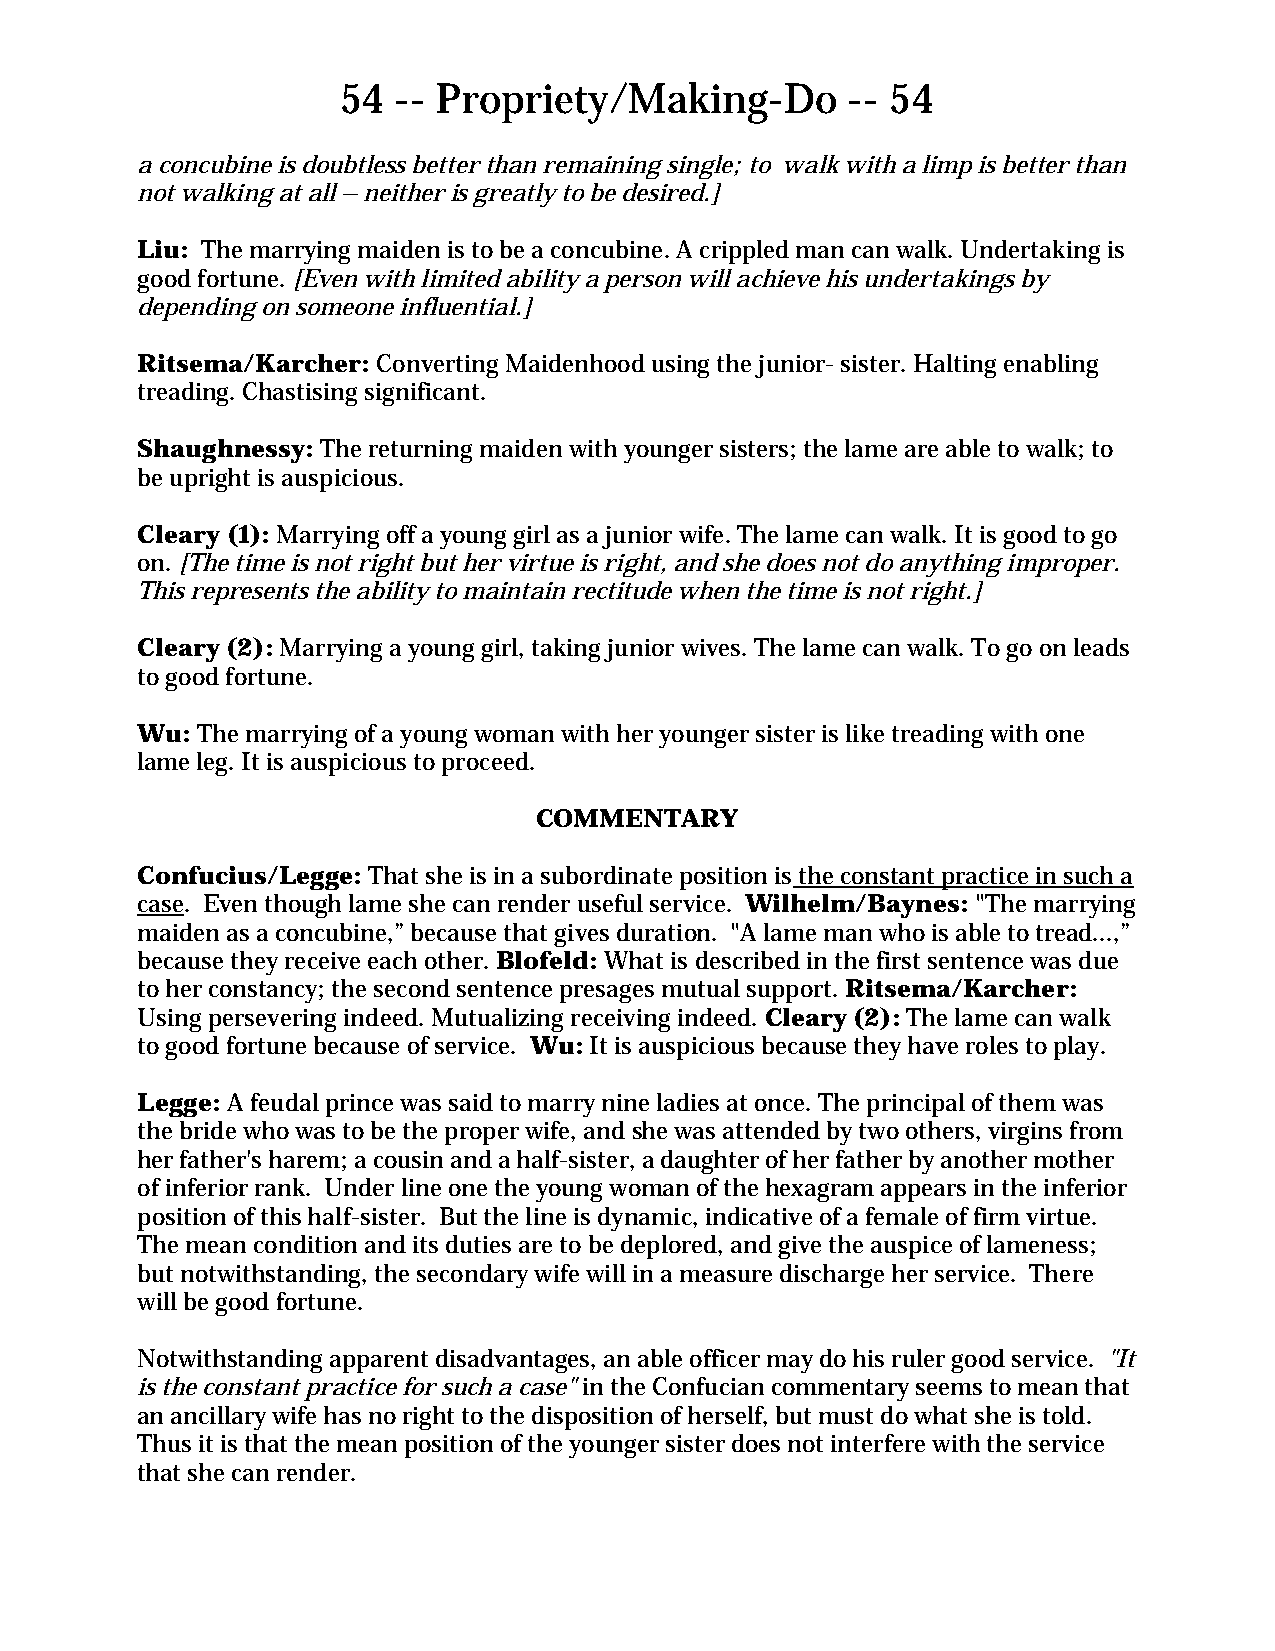
54  -- Propriety/Making-Do        -- 54
 a concubine is doubtless better than remaining single; to walk with a limp is better than
 not walking at all – neither is greatly to be desired.]
 Liu: The marrying maiden is to be a concubine. A crippled man can walk. Undertaking is
 good fortune. [Even with limited ability a person will achieve his undertakings by
 depending on someone influential.]
 Ritsema/Karcher: Converting Maidenhood using the junior- sister. Halting enabling
 treading. Chastising significant.
 Shaughnessy: The returning maiden with younger sisters; the lame are able to walk; to
 be upright is auspicious.
 Cleary (1): Marrying off a young girl as a junior wife. The lame can walk. It is good to go
 on. [The time is not right but her virtue is right, and she does not do anything improper.
 This represents the ability to maintain rectitude when the time is not right.]
 Cleary (2): Marrying a young girl, taking junior wives. The lame can walk. To go on leads
 to good fortune.
 Wu: The marrying of a young woman with her younger sister is like treading with one
 lame leg. It is auspicious to proceed.
 COMMENTARY
 Confucius/Legge: That she is in a subordinate position is the constant practice in such a
 case. Even though lame she can render useful service. Wilhelm/Baynes: "The marrying
 maiden as a concubine,” because that gives duration. "A lame man who is able to tread...,”
 because they receive each other. Blofeld: What is described in the first sentence was due
 to her constancy; the second sentence presages mutual support. Ritsema/Karcher:
 Using persevering indeed. Mutualizing receiving indeed. Cleary (2): The lame can walk
 to good fortune because of service. Wu: It is auspicious because they have roles to play.
 Legge: A feudal prince was said to marry nine ladies at once. The principal of them was
 the bride who was to be the proper wife, and she was attended by two others, virgins from
 her father's harem; a cousin and a half-sister, a daughter of her father by another mother
 of inferior rank. Under line one the young woman of the hexagram appears in the inferior
 position of this half-sister. But the line is dynamic, indicative of a female of firm virtue.
 The mean condition and its duties are to be deplored, and give the auspice of lameness;
 but notwithstanding, the secondary wife will in a measure discharge her service. There
 will be good fortune.
 Notwithstanding apparent disadvantages, an able officer may do his ruler good service. "It
 is the constant practice for such a case" in the Confucian commentary seems to mean that
 an ancillary wife has no right to the disposition of herself, but must do what she is told.
 Thus it is that the mean position of the younger sister does not interfere with the service
 that she can render.